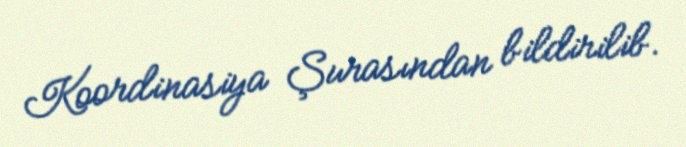
Koordinasiya Şurasından bildirilib.